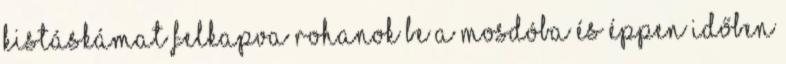
Kistáskámat felkapva rohanok be a mosdóba és éppen időben